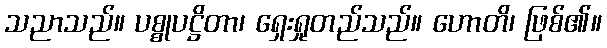
သညာသည်။ ပစ္စုပဋ္ဌိတာ၊ ရှေးရှုတည်သည်။ ဟောတိ၊ ဖြစ်၏။